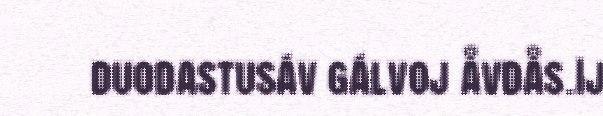
duodastusáv gálvoj åvdås.Ij